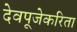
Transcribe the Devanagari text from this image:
देवपूजेकरिता